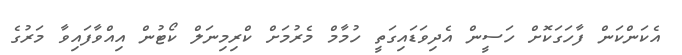
އެކަންކަން ފާހަގަކޮށް ހަސީން އެދިވަޑައިގަތީ ހުމާމް މެރުމަށް ކްރިމިނަލް ކޯޓުން އިއްވާފައިވާ މަރުގެ